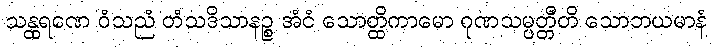
သန္ထရဏေ ဝံသညံ တံသဒိသာနဉ္စ အံငံ သောတ္ထိကာမော ဂုဏသမ္ပတ္တီတိ သောဘယမာနံ